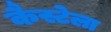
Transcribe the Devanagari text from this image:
कैस्टेला